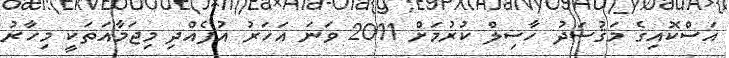
އަސްކޮއިގެ މަޤުސަދު ހާސިލް ކުރުމަށް 2011 ވަނަ އަހަރު އުފެއްދި މިޖަމާއަތަކީ މިހާރު